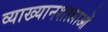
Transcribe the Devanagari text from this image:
व्याख्यानशालाओं